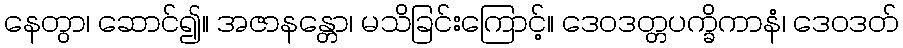
နေတွာ၊ ဆောင်၍။ အဇာနန္တော၊ မသိခြင်းကြောင့်။ ဒေဝဒတ္တပက္ခိကာနံ၊ ဒေဝဒတ်